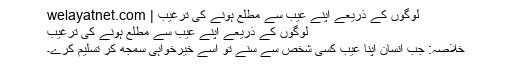
لوگوں کے ذریعے اپنے عیب سے مطلع ہونے کی ترغیب | welayatnet.com
لوگوں کے ذریعے اپنے عیب سے مطلع ہونے کی ترغیب
خلاصہ: جب انسان اپنا عیب کسی شخص سے سنے تو اسے خیرخواہی سمجھ کر تسلیم کرے۔